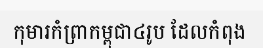
កុមារកំព្រាកម្ពុជា៤រូប ដែលកំពុង